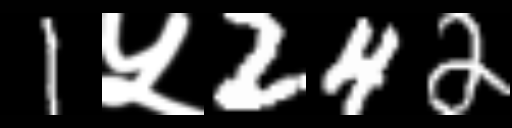
Text: 1५242